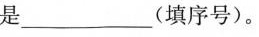
是___(填序号)。